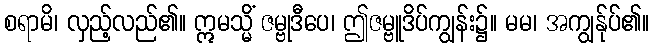
စရာမိ၊ လှည့်လည်၏။ ဣမသ္မိံ ဇမ္ဗုဒီပေ၊ ဤဇမ္ဗူဒိပ်ကျွန်း၌။ မမ၊ အကျွန်ုပ်၏။